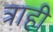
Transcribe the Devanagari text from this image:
त्राही